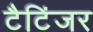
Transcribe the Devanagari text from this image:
टैटिंजर